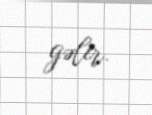
gəlir.